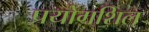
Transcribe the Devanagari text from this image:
प्रयोगशिल